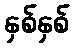
နှစ်နှစ်